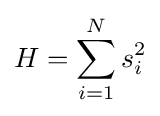
H=\sum _{i=1}^{N}s_{i}^{2}